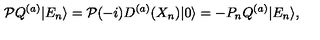
{ \cal P } Q ^ { ( a ) } | E _ { n } \rangle = { \cal P } ( - i ) D ^ { ( a ) } ( X _ { n } ) | 0 \rangle = - P _ { n } Q ^ { ( a ) } | E _ { n } \rangle ,